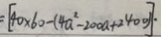
= [ 4 0 \times 6 0 - ( 4 a ^ { 2 } - 2 0 0 a + 2 4 0 0 ) ] \cdot